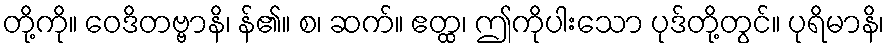
တို့ကို။ ဝေဒိတဗ္ဗာနိ၊ န်၏။ စ၊ ဆက်။ ဧတ္ထ၊ ဤကိုပါးသော ပုဒ်တို့တွင်။ ပုရိမာနိ၊